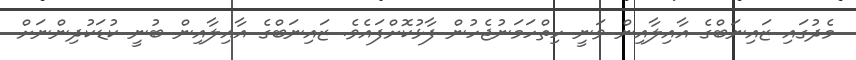
މެދުގައި ޒައިނަބްގެ އާއިލާއިން ވަނީ ހިތްހަމަނުޖެހުން ފާޅުކޮށްފައެވެ. ޒައިނަބްގެ އާއިލާއިން ބުނީ ކުޑަކުދިންނަށް